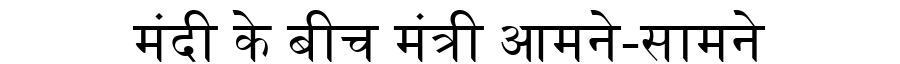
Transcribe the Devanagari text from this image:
मंदी के बीच मंत्री आमने-सामने